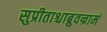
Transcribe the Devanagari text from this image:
सुप्रीताश्चाब्रुवन्रामं